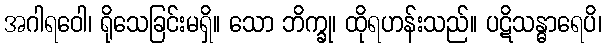
အဂါရဝေါ၊ ရိုသေခြင်းမရှိ။ သော ဘိက္ခု၊ ထိုရဟန်းသည်။ ပဋိသန္ဓာရေပိ၊